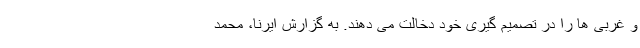
و غربی ها را در تصمیم گیری خود دخالت می دهند. به گزارش ایرنا، محمد